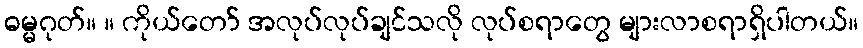
ဓမ္မဂုတ်။ ။ ကိုယ်တော် အလုပ်လုပ်ချင်သလို လုပ်စရာတွေ များလာစရာရှိပါတယ်။